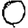
Digit: 0